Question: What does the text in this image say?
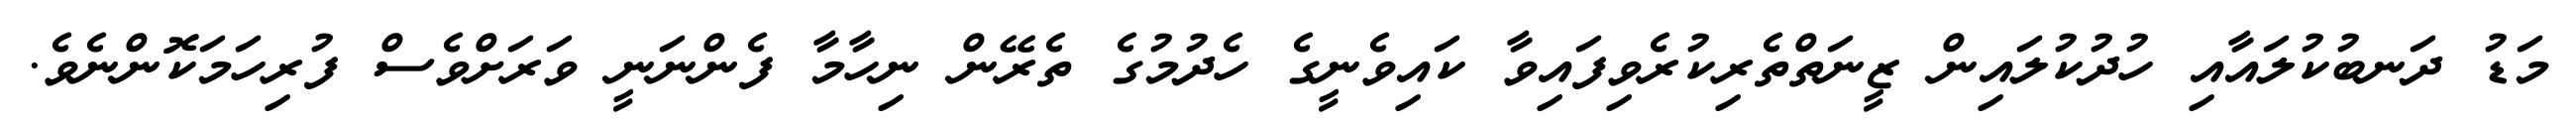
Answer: މަޑު ދަނބުކުލައާއި ހުދުކުލައިން ޒީނަތްތެރިކުރެވިފައިވާ ކައިވެނީގެ ހެދުމުގެ ތެރޭން ނިހާމާ ފެންނަނީ ވަރަށްވެސް ފުރިހަމަކޮންނެވެ.